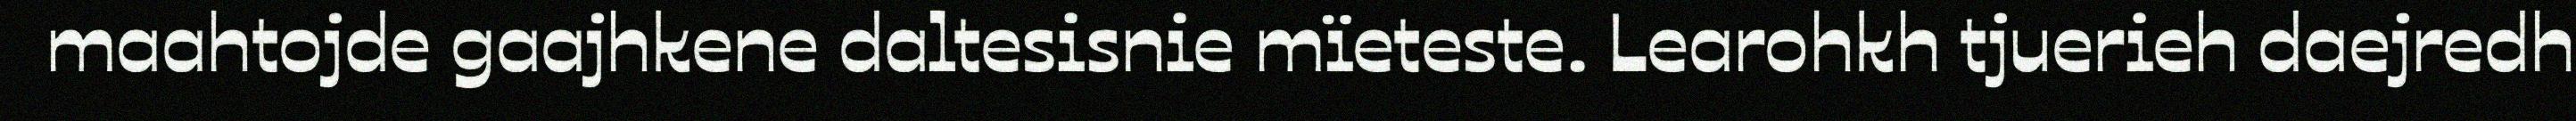
maahtojde gaajhkene daltesisnie mïeteste. Learohkh tjuerieh daejredh